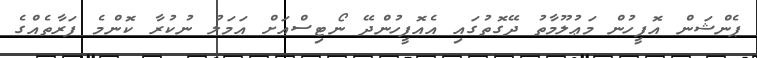
ޕެންޝަން އޮފީހުން މަޢުލޫމާތު ދޭގޮތުގައި އެއޮފީހުންދޭ ނޯޓިސްއަށް އަމަލު ނުކުރާ ކޮންމެ ފަރާތެއްގެ